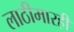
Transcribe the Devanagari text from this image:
लाठीमारही